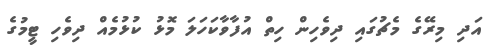
އަދި މިރޭގެ މެޗުގައި ދިވެހިން ހިތް އުފާވާކަހަލަ މޮޅު ކުޅުމެއް ދިވެހި ޓީމުގެ